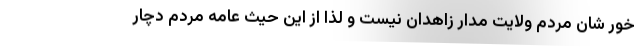
خور شان مردم ولایت مدار زاهدان نیست و لذا از این حیث عامه مردم دچار